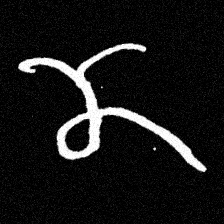
Pyu character \u2014 Myanmar letter: ဏ (romanized: nna)